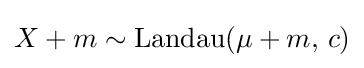
X+m\sim {\textrm {Landau}}(\mu +m,\,c)